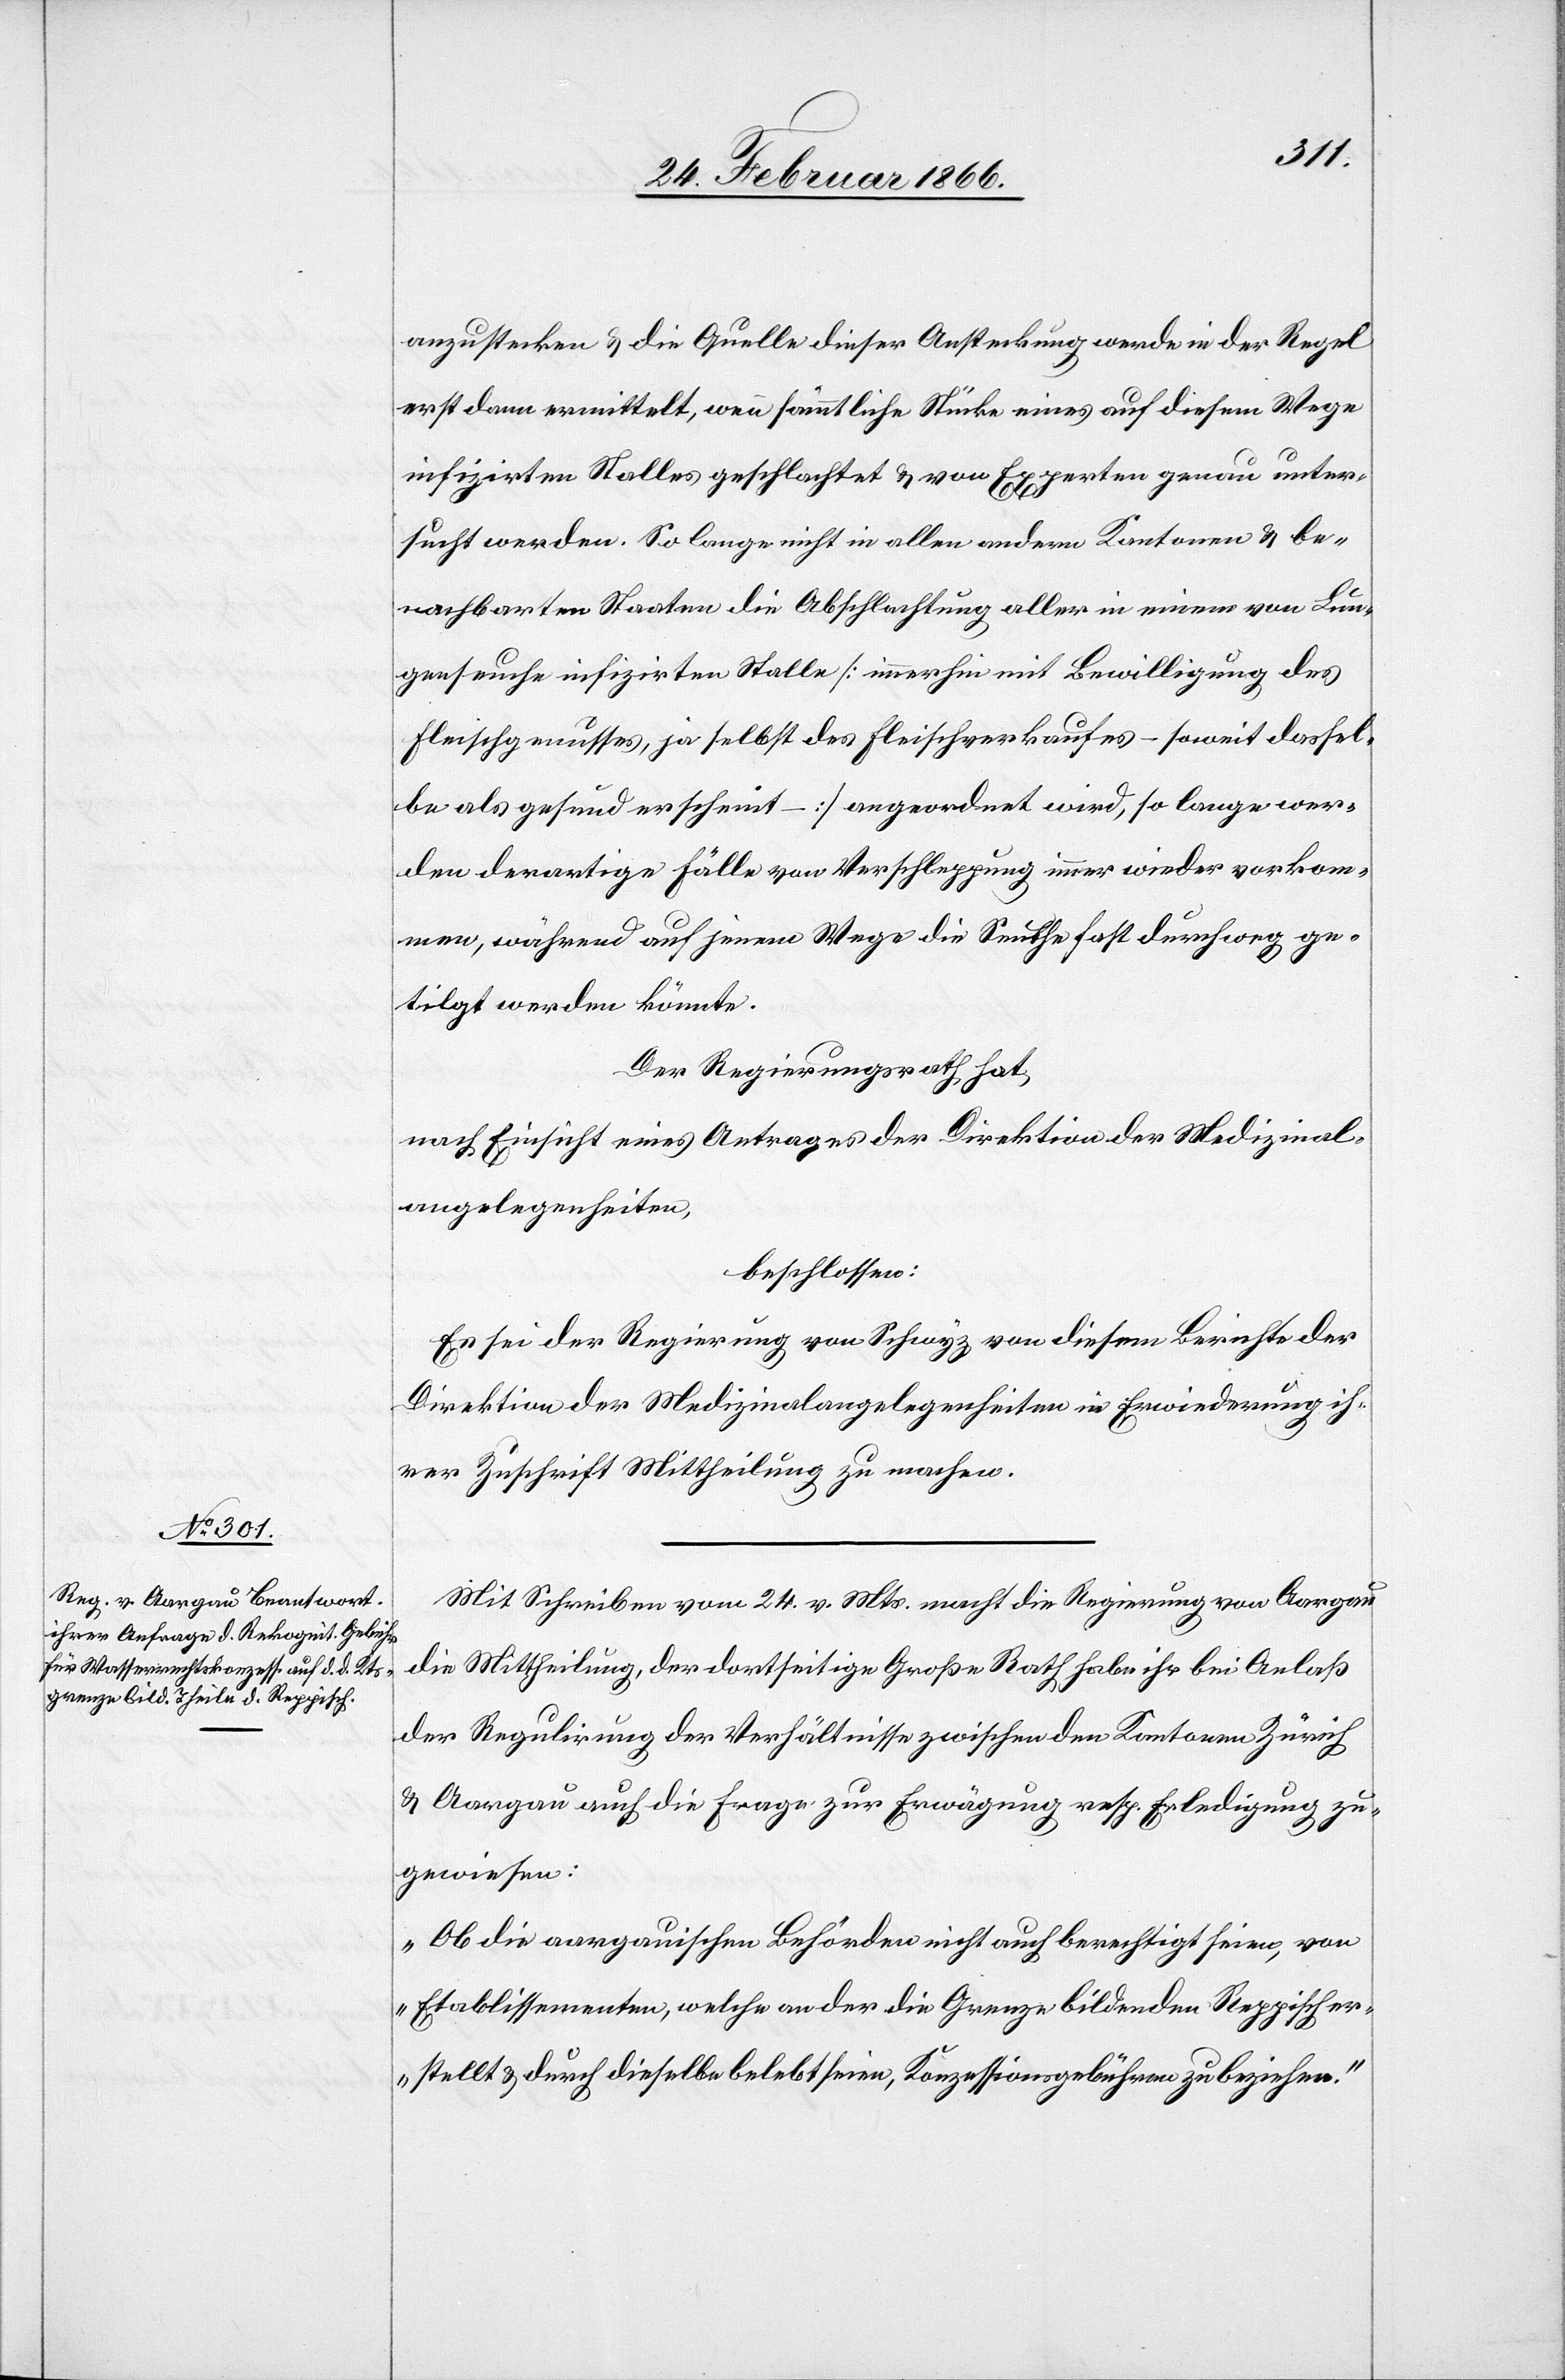
anzustecken u. die Quelle dieser Ansteckung werde in der Regel
erst dann ermittelt, wenn sämmtliche Stücke eines auf diesem Wege
infizirten Stalles geschlachtet u. von Experten genau unter¬
sucht werden. So lange nicht in allen andern Kantonen u. be¬
nachbarten Staaten die Abschlachtung aller in einem von Lun¬
genseuche infizirten Stalle [immerhin mit Bewilligung des
Fleischgenusses, ja selbst des Fleischverkaufes – soweit dassel¬
be als gesund erscheint –] angeordnet wird, so lange wer¬
den derartige Fälle von Verschleppung immer wieder vorkom¬
men, während auf jenem Wege die Seuche fast durchweg ge¬
tilgt werden könnte.
Der Regierungsrath hat,
nach Einsicht eines Antrages der Direktion der Medizinal¬
angelegenheiten,
beschlossen:
Es sei der Regierung von Schwyz von diesem Berichte der
Direktion der Medizinalangelegenheiten in Erwiederung ih¬
rer Zuschrift Mittheilung zu machen.
Mit Schreiben vom 24. v. Mts. macht die Regierung von Aargau
die Mittheilung, der dortseitige Große Rath habe ihr bei Anlaß
der Regulirung der Verhältnisse zwischen den Kantonen Zürich
u. Aargau auch die Frage zur Erwägung resp. Erledigung zu¬
gewiesen:
„Ob die aargauischen Behörden nicht auch berechtigt seien, von
Etablissementen, welche um der die Grenze bildenden Reppisch er¬
stellt u. durch dieselbe belebt seien, Konzessionsgebühren zu beziehen.“